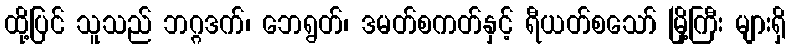
ထို့ပြင် သူသည် ဘဂ္ဂဒက်၊ ဘေရွတ်၊ ဒမတ်စကတ်နှင့် ရီယတ်စသော် မြို့ကြီး များရှိ